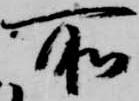
所